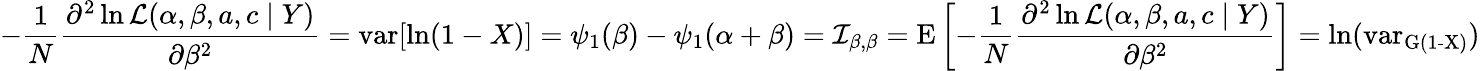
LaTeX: -{\frac{1}{N}}{\frac{\partial^{2}\ln{\mathcal{L}}(\alpha,\beta,a,c\mid Y)}{\partial\beta^{2}}}=\operatorname{var}[\ln(1-X)]=\psi_{1}(\beta)-\psi_{1}(\alpha+\beta)={\mathcal{I}}_{\beta,\beta}=\operatorname{E}\left[-{\frac{1}{N}}{\frac{\partial^{2}\ln{\mathcal{L}}(\alpha,\beta,a,c\mid Y)}{\partial\beta^{2}}}\right]=\ln(\operatorname{var_{G(1-X)}})